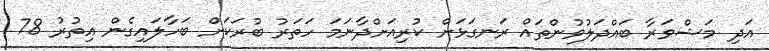
އަދި މަޝްވަރާ ބައްދަލުވުންތައް ރަނގަޅަށް ކުރިއަށްދާނަމަ ހަތަރު ބުރަކަށް ބަހާލައިގެން އިތުރު 78